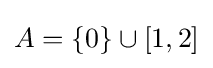
A=\{0\}\cup [1,2]